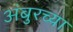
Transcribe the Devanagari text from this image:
अंबुरच्या